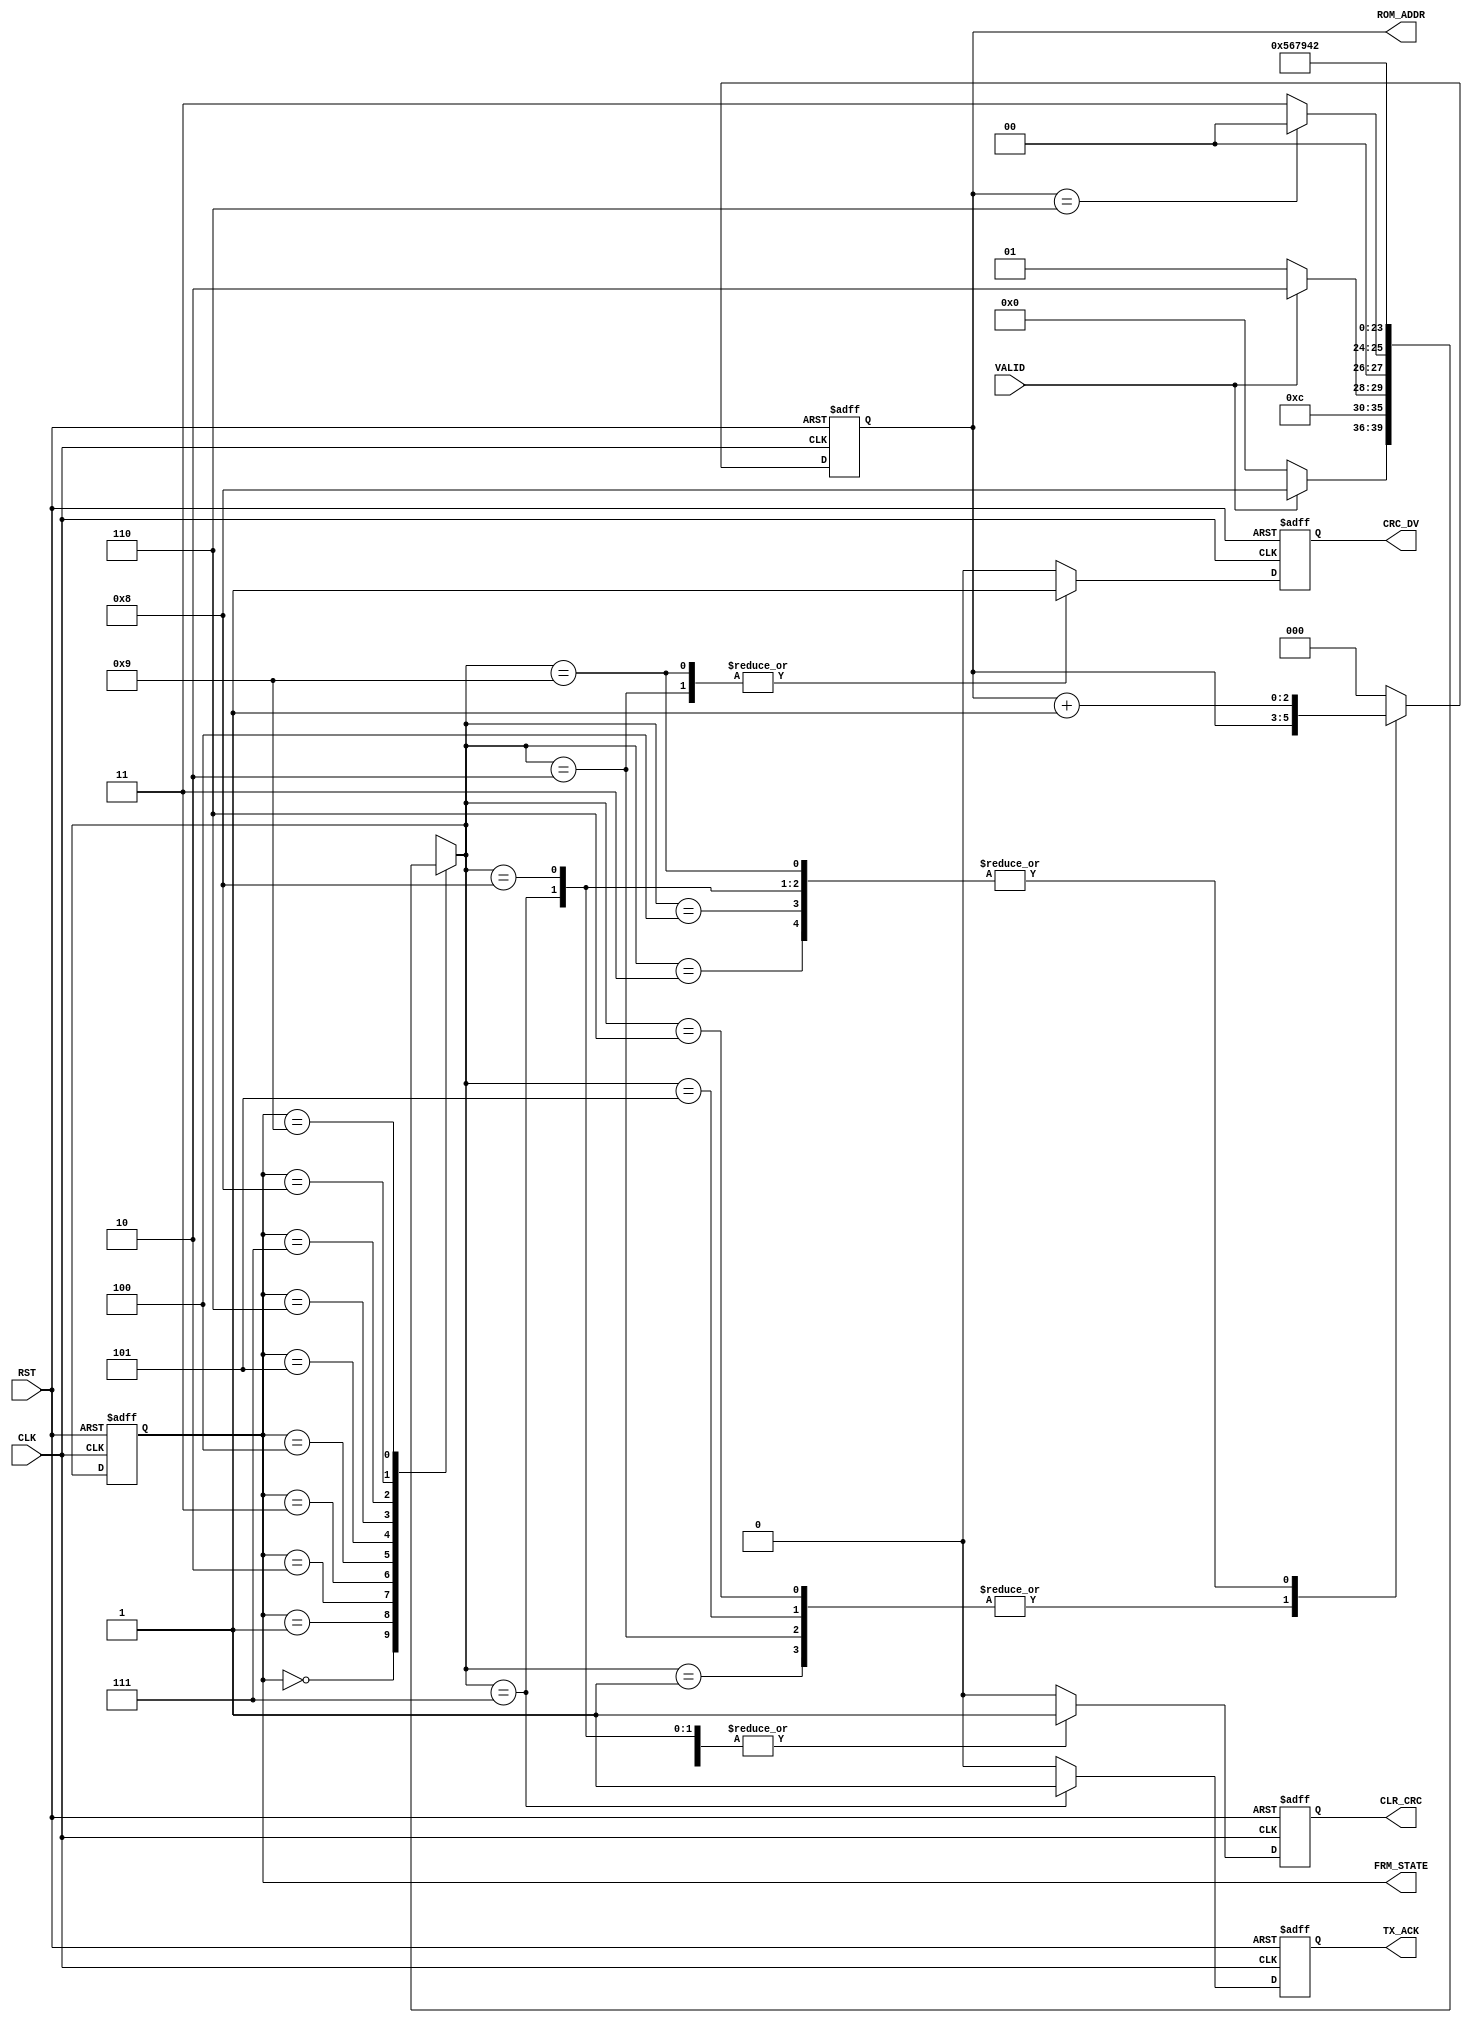

// Created by fizzim_tmr.pl version $Revision: 4.44 on 2014:08:26 at 14:33:11 (www.fizzim.com)

module Frame_Proc_FSM (
  output reg CLR_CRC,
  output reg CRC_DV,
  output reg [2:0] ROM_ADDR,
  output reg TX_ACK,
  output wire [3:0] FRM_STATE,
  input CLK,
  input RST,
  input VALID 
);

  // state bits
  parameter 
  Idle       = 4'b0000, 
  CRC        = 4'b0001, 
  Data       = 4'b0010, 
  EOP        = 4'b0011, 
  Preamble_1 = 4'b0100, 
  Preamble_2 = 4'b0101, 
  Preamble_3 = 4'b0110, 
  SOF_TX_Ack = 4'b0111, 
  SOP        = 4'b1000, 
  Strt_Data  = 4'b1001; 

  reg [3:0] state;

  assign FRM_STATE = state;

  reg [3:0] nextstate;

  reg [2:0] addr;

  // comb always block
  always @* begin
    nextstate = 4'bxxxx; // default to x because default_state_is_x is set
    ROM_ADDR = addr; // default
    case (state)
      Idle      : if (VALID)         nextstate = SOP;
                  else               nextstate = Idle;
      CRC       :                    nextstate = EOP;
      Data      : if (!VALID)        nextstate = CRC;
                  else               nextstate = Data;
      EOP       : if (addr == 3'd6)  nextstate = Idle;
                  else               nextstate = EOP;
      Preamble_1:                    nextstate = Preamble_2;
      Preamble_2:                    nextstate = Preamble_3;
      Preamble_3:                    nextstate = SOF_TX_Ack;
      SOF_TX_Ack:                    nextstate = Strt_Data;
      SOP       :                    nextstate = Preamble_1;
      Strt_Data :                    nextstate = Data;
    endcase
  end

  // Assign reg'd outputs to state bits

  // sequential always block
  always @(posedge CLK or posedge RST) begin
    if (RST)
      state <= Idle;
    else
      state <= nextstate;
  end

  // datapath sequential always block
  always @(posedge CLK or posedge RST) begin
    if (RST) begin
      CLR_CRC <= 0;
      CRC_DV <= 0;
      TX_ACK <= 0;
      addr <= 3'd0;
    end
    else begin
      CLR_CRC <= 0; // default
      CRC_DV <= 0; // default
      TX_ACK <= 0; // default
      addr <= 3'd0; // default
      case (nextstate)
        CRC       :        addr <= addr;
        Data      : begin
                           CRC_DV <= 1;
                           addr <= addr;
        end
        EOP       :        addr <= addr + 1;
        Preamble_1: begin
                           CLR_CRC <= 1;
                           addr <= addr + 1;
        end
        Preamble_2: begin
                           CLR_CRC <= 1;
                           addr <= addr;
        end
        Preamble_3: begin
                           CLR_CRC <= 1;
                           addr <= addr;
        end
        SOF_TX_Ack: begin
                           CLR_CRC <= 1;
                           TX_ACK <= 1;
                           addr <= addr + 1;
        end
        SOP       : begin
                           CLR_CRC <= 1;
                           addr <= addr + 1;
        end
        Strt_Data : begin
                           CRC_DV <= 1;
                           addr <= addr + 1;
        end
      endcase
    end
  end

  // This code allows you to see state names in simulation
  `ifndef SYNTHESIS
  reg [79:0] statename;
  always @* begin
    case (state)
      Idle      : statename = "Idle";
      CRC       : statename = "CRC";
      Data      : statename = "Data";
      EOP       : statename = "EOP";
      Preamble_1: statename = "Preamble_1";
      Preamble_2: statename = "Preamble_2";
      Preamble_3: statename = "Preamble_3";
      SOF_TX_Ack: statename = "SOF_TX_Ack";
      SOP       : statename = "SOP";
      Strt_Data : statename = "Strt_Data";
      default   : statename = "XXXXXXXXXX";
    endcase
  end
  `endif

endmodule